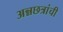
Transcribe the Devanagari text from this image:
अन्नछत्रांची